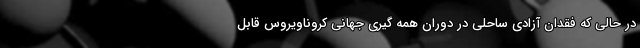
در حالی که فقدان آزادی ساحلی در دوران همه گیری جهانی کروناویروس قابل